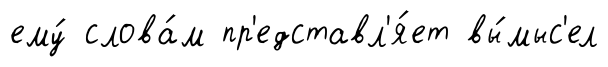
ему́ слова́м пр'едставл'я́ет вы́мыс'ел